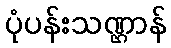
ပုံပန်းသဏ္ဌာန်